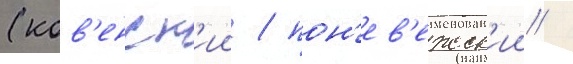
(ков'енск'ии / пон'ев'ежск'ии /